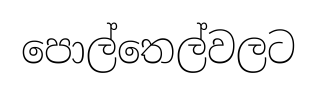
පොල්තෙල්වලට